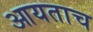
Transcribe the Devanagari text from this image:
आयताच